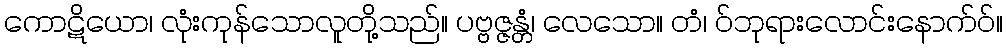
ကောဋိယော၊ လုံးကုန်သောလူတို့သည်။ ပဗ္ဗဇ္ဇန္တံ၊ လေသော။ တံ၊ ဝ်ဘုရားလောင်းနောက်ဝ်။